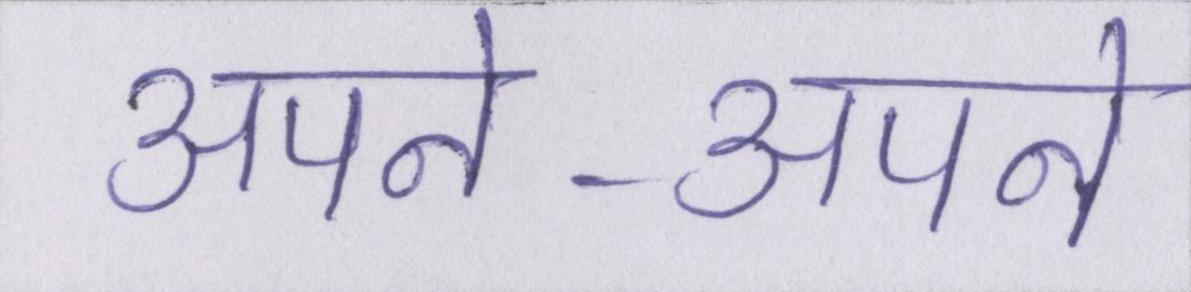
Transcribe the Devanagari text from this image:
अपने-अपने